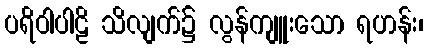
ပရိဝါပါဠိ သိလျက်၌ လွန်ကျူးသော ရဟန်း၊